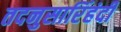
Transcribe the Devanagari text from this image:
तदनुसारिंहंदी